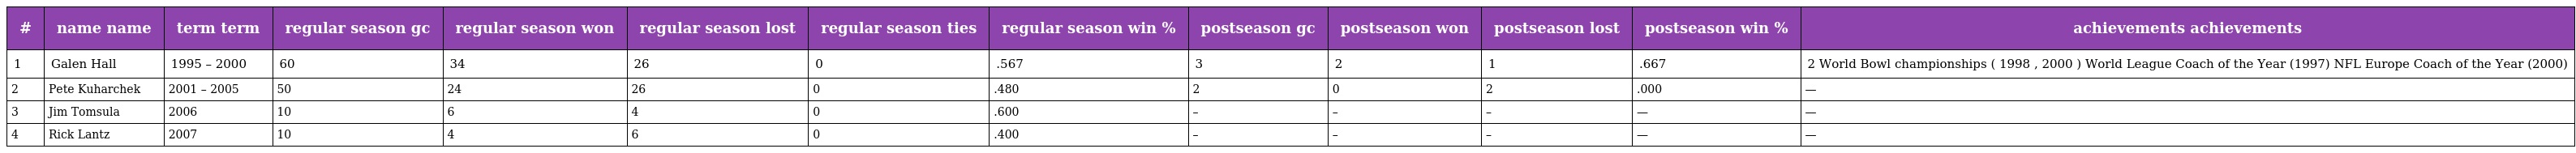
| # | name name | term term | regular season gc | regular season won | regular season lost | regular season ties | regular season win % | postseason gc | postseason won | postseason lost | postseason win % | achievements achievements |
 | --- | --- | --- | --- | --- | --- | --- | --- | --- | --- | --- | --- | --- |
 | 1 | Galen Hall | 1995 – 2000 | 60 | 34 | 26 | 0 | .567 | 3 | 2 | 1 | .667 | 2 World Bowl championships ( 1998 , 2000 ) World League Coach of the Year (1997) NFL Europe Coach of the Year (2000) |
 | 2 | Pete Kuharchek | 2001 – 2005 | 50 | 24 | 26 | 0 | .480 | 2 | 0 | 2 | .000 | — |
 | 3 | Jim Tomsula | 2006 | 10 | 6 | 4 | 0 | .600 | – | – | – | — | — |
 | 4 | Rick Lantz | 2007 | 10 | 4 | 6 | 0 | .400 | – | – | – | — | — |